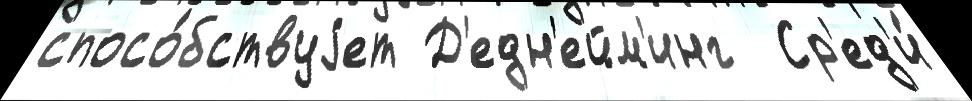
спосо́бствуjет Д'едн'ейм'инг  Ср'ед'и́